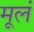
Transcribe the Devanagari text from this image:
मूलं